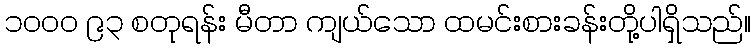
၁၀၀၀ ၉၃ စတုရန်း မီတာ ကျယ်သော ထမင်းစားခန်းတို့ပါရှိသည်။